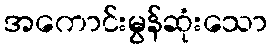
အကောင်းမွန်ဆုံးသော